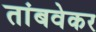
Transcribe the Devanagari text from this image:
तांबवेकर